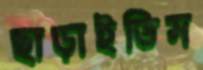
ছাড়াইতিস